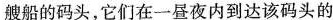
艘船的码头，它们在一昼夜内到达该码头的